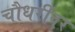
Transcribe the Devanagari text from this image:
चौधरींवर